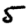
Digit: 5